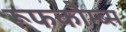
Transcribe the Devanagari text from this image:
रूफकौम्ब्स